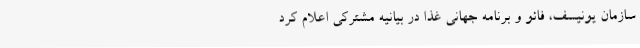
سازمان یونیسف، فائو و برنامه جهانی غذا در بیانیه مشترکی اعلام کرد